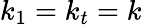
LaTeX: k_{1}=k_{t}=k